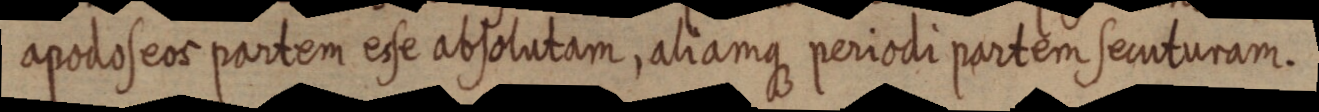
apodoseos partem esse absolutam, aliamque periodi partem secuturam.